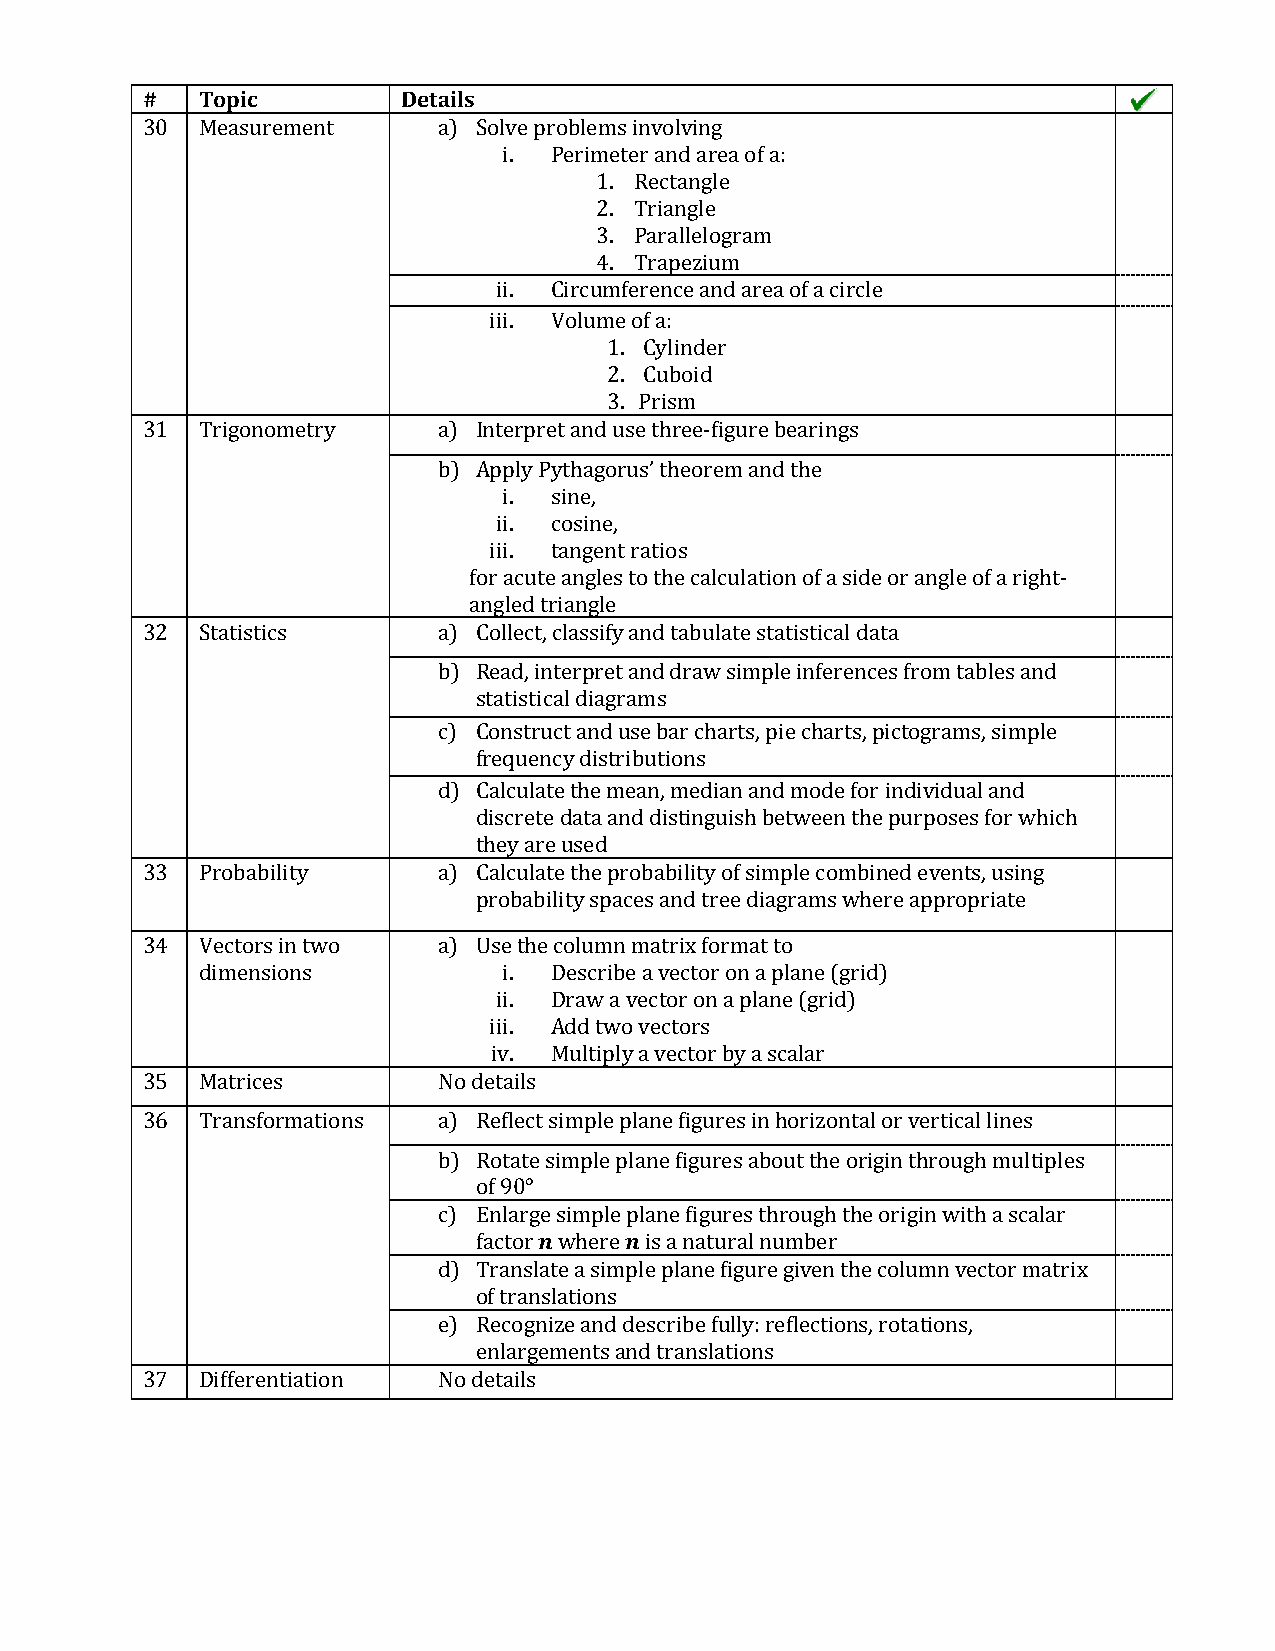
#   Topic         Details
 30  Measurement     a) Solve problems involving
 i. Perimeter and area of a:
 1. Rectangle
 2. Triangle
 3. Parallelogram
 4. Trapezium
 ii. Circumference and area of a circle
 iii. Volume of a:
 1. Cylinder
 2. Cuboid
 3. Prism
 31  Trigonometry    a) Interpret and use three-figure bearings
 b) Apply Pythagorus’ theorem and the
 i. sine,
 ii. cosine,
 iii. tangent ratios
 for acute angles to the calculation of a side or angle of a right-
 angled triangle
 32  Statistics      a) Collect, classify and tabulate statistical data
 b) Read, interpret and draw simple inferences from tables and
 statistical diagrams
 c) Construct and use bar charts, pie charts, pictograms, simple
 frequency distributions
 d) Calculate the mean, median and mode for individual and
 discrete data and distinguish between the purposes for which
 they are used
 33  Probability     a) Calculate the probability of simple combined events, using
 probability spaces and tree diagrams where appropriate
 34  Vectors in two  a) Use the column matrix format to
 dimensions          i. Describe a vector on a plane (grid)
 ii. Draw a vector on a plane (grid)
 iii. Add two vectors
 iv. Multiply a vector by a scalar
 35  Matrices        No details
 36  Transformations a) Reflect simple plane figures in horizontal or vertical lines
 b) Rotate simple plane figures about the origin through multiples
 of 90°
 c) Enlarge simple plane figures through the origin with a scalar
 factor 𝒏 where 𝒏 is a natural number
 d) Translate a simple plane figure given the column vector matrix
 of translations
 e) Recognize and describe fully: reflections, rotations,
 enlargements and translations
 37  Differentiation No details